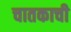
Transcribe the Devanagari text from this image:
चातकाची